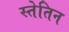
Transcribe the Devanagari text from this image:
स्तेतिन